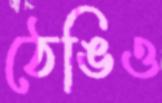
ঠেঙিও